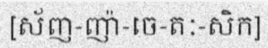
[ស័ញ-ញ៉ា-ចេ-តៈ-សិក]